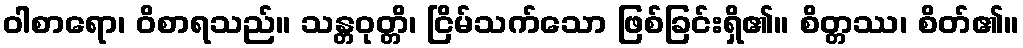
ဝါစာရော၊ ဝိစာရသည်။ သန္တဝုတ္တိ၊ ငြိမ်သက်သော ဖြစ်ခြင်းရှိ၏။ စိတ္တဿ၊ စိတ်၏။